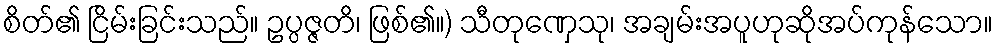
စိတ်၏ ငြိမ်းခြင်းသည်။ ဥပ္ပဇ္ဇတိ၊ ဖြစ်၏။) သီတုဏှေသု၊ အချမ်းအပူဟုဆိုအပ်ကုန်သော။